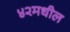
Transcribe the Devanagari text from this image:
४२मधील